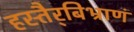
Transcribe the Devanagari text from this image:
हस्तैर्‌बिभ्राणं